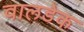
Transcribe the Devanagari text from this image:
वालडेक